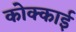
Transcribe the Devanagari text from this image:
कोक्काई